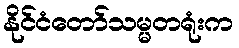
နိုင်ငံတော်သမ္မတရုံးက